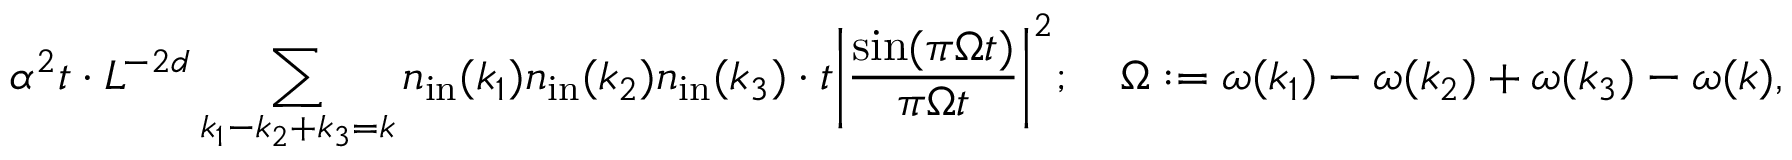
\alpha ^ { 2 } t \cdot L ^ { - 2 d } \sum _ { k _ { 1 } - k _ { 2 } + k _ { 3 } = k } n _ { \mathrm { i n } } ( k _ { 1 } ) n _ { \mathrm { i n } } ( k _ { 2 } ) n _ { \mathrm { i n } } ( k _ { 3 } ) \cdot t \bigg | \frac { \sin ( \pi \Omega t ) } { \pi \Omega t } \bigg | ^ { 2 } ; \quad \Omega : = \omega ( k _ { 1 } ) - \omega ( k _ { 2 } ) + \omega ( k _ { 3 } ) - \omega ( k ) ,